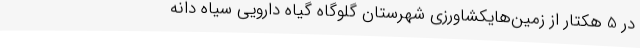
در 5 هکتار از زمین‌هایکشاورزی شهرستان گلوگاه گیاه دارویی سیاه دانه